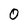
Character: 0